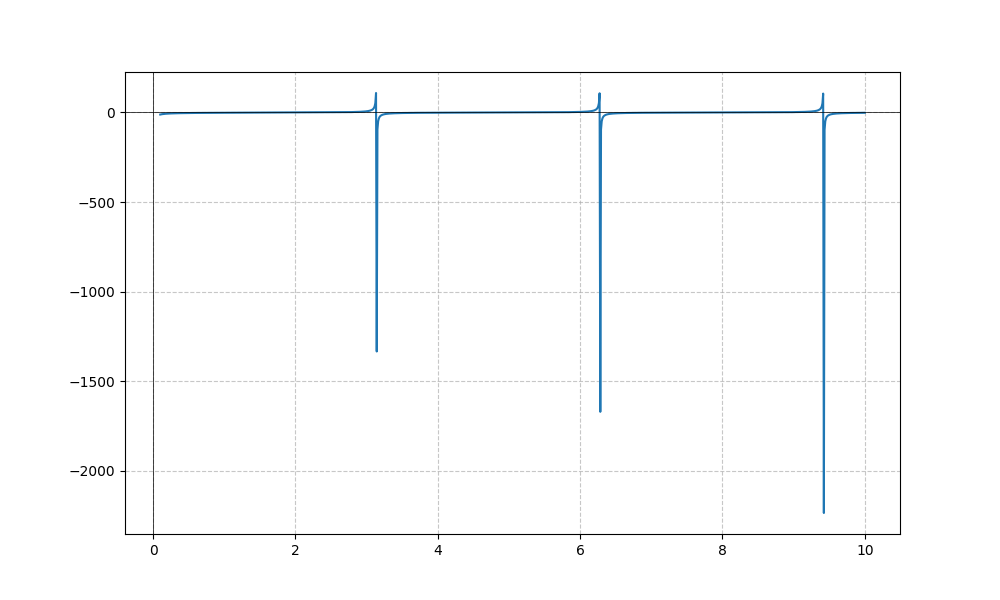
LaTeX formula: - \cot{\left(x \right)} - \operatorname{acot}{\left(x \right)}